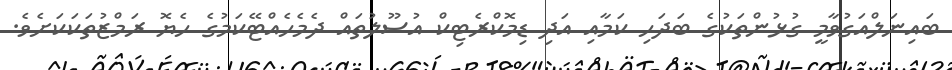
ބައިނަލްއަގުވާމީ ގުޅުންތަކުގެ ބަދަހި ކަމާއި އަދި ޑިމޮކްރެޓިކް އުސޫލުތައް ދެމެހެއްޓޭކަމުގެ ހެޔޮ ރަމްޒުތަކަކަށެވެ.